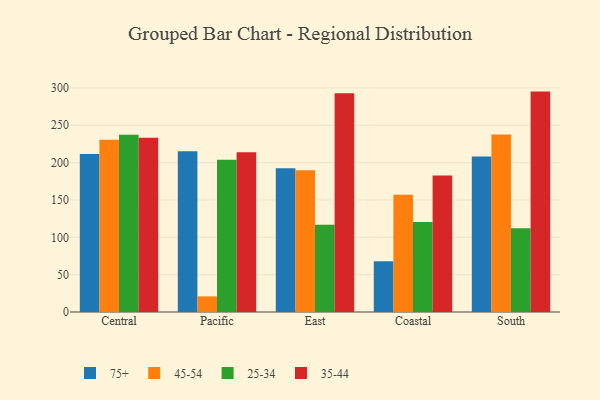
{"axis": {"x": "Region", "y": "LTV (USD)"}, "legend": ["25-34", "35-44", "45-54", "75+"], "data": [{"x": "Central", "y": 211.5, "type": "75+"}, {"x": "Central", "y": 230.6, "type": "45-54"}, {"x": "Central", "y": 237.4, "type": "25-34"}, {"x": "Central", "y": 233.2, "type": "35-44"}, {"x": "Pacific", "y": 215.4, "type": "75+"}, {"x": "Pacific", "y": 20.9, "type": "45-54"}, {"x": "Pacific", "y": 203.8, "type": "25-34"}, {"x": "Pacific", "y": 213.8, "type": "35-44"}, {"x": "East", "y": 192.6, "type": "75+"}, {"x": "East", "y": 189.7, "type": "45-54"}, {"x": "East", "y": 116.8, "type": "25-34"}, {"x": "East", "y": 292.9, "type": "35-44"}, {"x": "Coastal", "y": 67.8, "type": "75+"}, {"x": "Coastal", "y": 157.1, "type": "45-54"}, {"x": "Coastal", "y": 120.5, "type": "25-34"}, {"x": "Coastal", "y": 182.6, "type": "35-44"}, {"x": "South", "y": 208.2, "type": "75+"}, {"x": "South", "y": 237.6, "type": "45-54"}, {"x": "South", "y": 112.2, "type": "25-34"}, {"x": "South", "y": 295.1, "type": "35-44"}]}